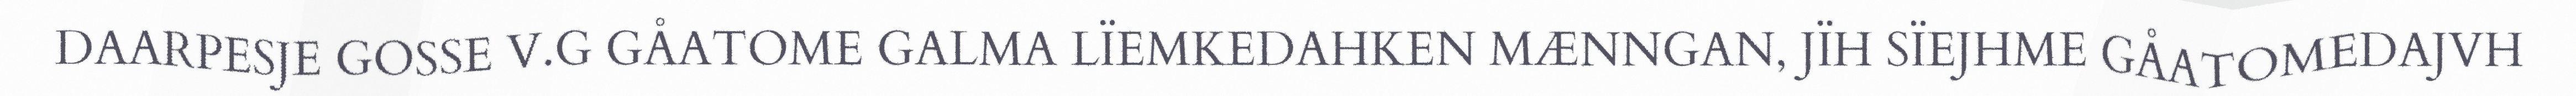
DAARPESJE GOSSE V.G GÅATOME GALMA LÏEMKEDAHKEN MÆNNGAN, JÏH SÏEJHME GÅATOMEDAJVH